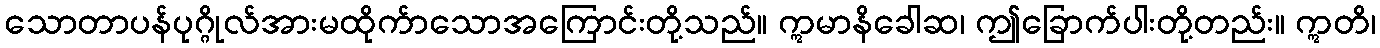
သောတာပန်ပုဂ္ဂိုလ်အားမထိုက်ာသောအကြောင်းတို့သည်။ ဣမာနိခေါဆ၊ ဤခြောက်ပါးတို့တည်း။ ဣတိ၊